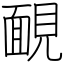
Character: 靦